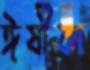
ঈষীকা